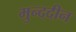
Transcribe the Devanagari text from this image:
मुन्ददीन